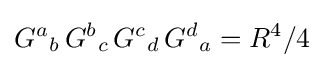
{G^{a}}_{b}\,{G^{b}}_{c}\,{G^{c}}_{d}\,{G^{d}}_{a}=R^{4}/4